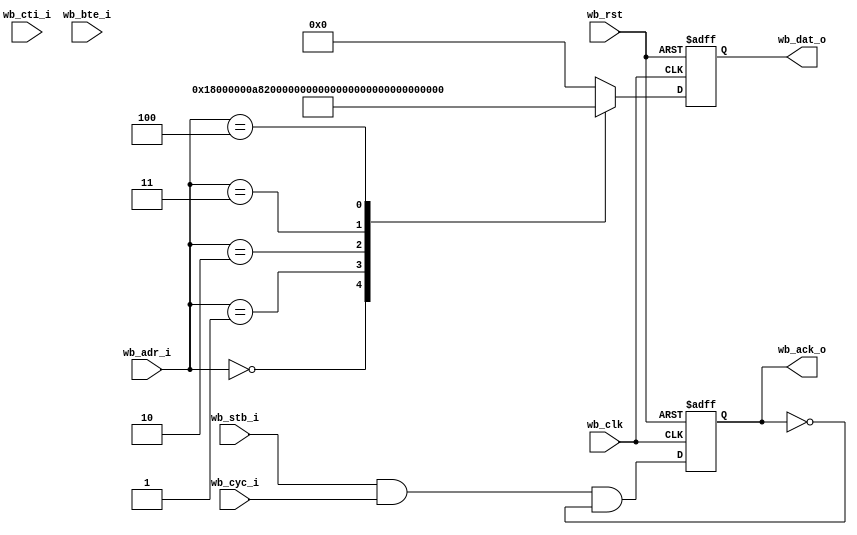
module rom_25 #(
	parameter ADDR_WIDTH = 5,
	parameter B3_BURST   = 0
)
(
	input					wb_clk,
	input					wb_rst,
	input	[(ADDR_WIDTH + 2) - 1:2]	wb_adr_i,
	input					wb_stb_i,
	input					wb_cyc_i,
	input		[2:0]			wb_cti_i,
	input		[1:0]			wb_bte_i,
	output reg	[31:0]			wb_dat_o,
	output reg				wb_ack_o
);
reg [ADDR_WIDTH-1:0]	adr;
always @ (posedge wb_clk or posedge wb_rst)
if (wb_rst)
	wb_dat_o <= 32'h15000000;
else
	case (adr)
	0 : wb_dat_o <= 32'h18000000;
	1 : wb_dat_o <= 32'hA8200000;
	2 : wb_dat_o <= 32'hA8C00100;
	3 : wb_dat_o <= 32'h44003000;
	4 : wb_dat_o <= 32'h15000000;
	default: wb_dat_o <= 32'h00000000;
	endcase 
generate
if (B3_BURST) begin : gen_B3_BURST
	reg	wb_stb_i_r;
	reg	new_access_r;
	reg	burst_r;
	wire burst = wb_cyc_i & (!(wb_cti_i == 3'b000)) & (!(wb_cti_i == 3'b111));
	wire new_access = (wb_stb_i & !wb_stb_i_r);
	wire new_burst = (burst & !burst_r);
	always @(posedge wb_clk) begin
	new_access_r <= new_access;
	burst_r <= burst;
	wb_stb_i_r <= wb_stb_i;
	end
	always @(posedge wb_clk)
	if (wb_rst)
		adr <= 0;
	else if (new_access)
		adr <= wb_adr_i[(ADDR_WIDTH+2)-1:2];
		else if (burst) begin
			if (wb_cti_i == 3'b010)
				case (wb_bte_i)
				2'b00: adr <= adr + 1;
				2'b01: adr[1:0] <= adr[1:0] + 1;
				2'b10: adr[2:0] <= adr[2:0] + 1;
				2'b11: adr[3:0] <= adr[3:0] + 1;
				endcase 
			else
				adr <= wb_adr_i[(ADDR_WIDTH+2)-1:2];
		end 
	always @(posedge wb_clk)
	if (wb_rst)
		wb_ack_o <= 0;
		else if (wb_ack_o & (!burst | (wb_cti_i == 3'b111)))
			wb_ack_o <= 0;
		else if (wb_stb_i & ((!burst & !new_access & new_access_r) |
			(burst & burst_r)))
			wb_ack_o <= 1;
		else
			wb_ack_o <= 0;
end else begin
	always @(wb_adr_i)
	adr <= wb_adr_i;
	always @ (posedge wb_clk or posedge wb_rst)
	if (wb_rst)
		wb_ack_o <= 1'b0;
	else
		wb_ack_o <= wb_stb_i & wb_cyc_i & !wb_ack_o;
end
endgenerate
endmodule